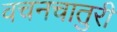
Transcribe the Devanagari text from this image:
वचनचातुरी